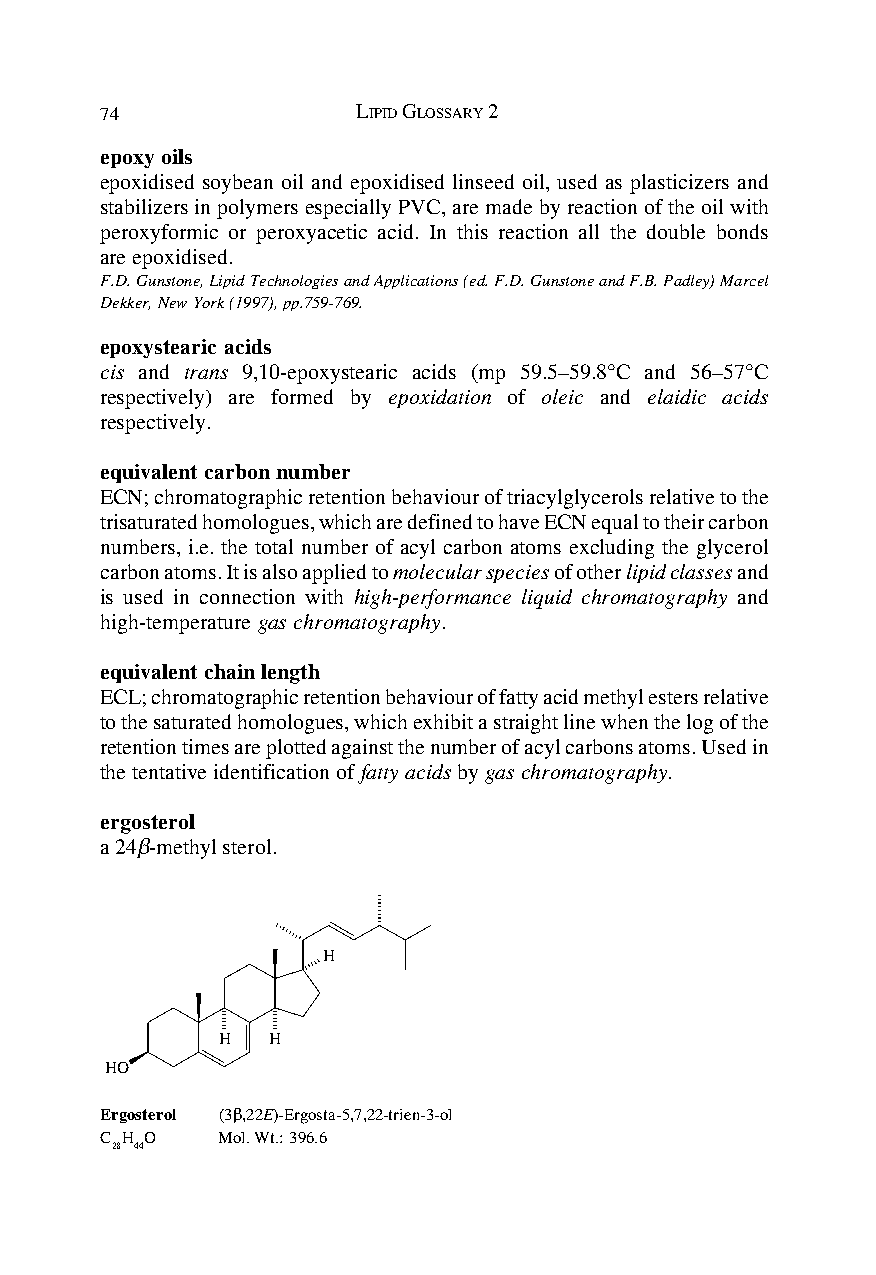
74               LIPID GLOSSARY 2
 epoxy oils
 epoxidised soybean oil and epoxidised linseed oil, used as plasticizers and
 stabilizers in polymers especially PVC, are made by reaction of the oil with
 peroxyformic or peroxyacetic acid. In this reaction all the double bonds
 are epoxidised.
 F.D. Gunstone, Lipid Technologies and Applications (ed. F.D. Gunstone and F.B. Padley) Marcel
 Dekker, New York (1997), pp.759-769.
 epoxystearic acids
 cis and trans 9,10-epoxystearic acids (mp 59.5–59.8°C and 56–57°C
 respectively) are formed by epoxidation of oleic and elaidic acids
 respectively.
 equivalent carbon number
 ECN; chromatographic retention behaviour of triacylglycerols relative to the
 trisaturated homologues, which are defined to have ECN equal to their carbon
 numbers, i.e. the total number of acyl carbon atoms excluding the glycerol
 carbon atoms. It is also applied to molecular species of other lipid classes and
 is used in connection with high-performance liquid chromatography and
 high-temperature gas chromatography.
 equivalent chain length
 ECL; chromatographic retention behaviour of fatty acid methyl esters relative
 to the saturated homologues, which exhibit a straight line when the log of the
 retention times are plotted against the number of acyl carbons atoms. Used in
 the tentative identification of fatty acids by gas chromatography.
 ergosterol
 a 24β-methyl sterol.
 H
 H   H
 HO
 Ergosterol (3β,22E)-Ergosta-5,7,22-trien-3-ol
 C H O  Mol. Wt.: 396.6
 28 44